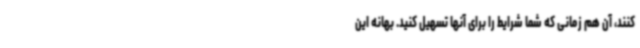
‌کنند، آن هم زمانی که شما شرایط را برای آنها تسهیل کنید. بهانه این